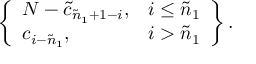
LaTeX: \left\{ \begin{array} { l l } { { N - \tilde { c } _ { \tilde { n } _ { 1 } + 1 - i } , } } & { { i \leq \tilde { n } _ { 1 } } } \\ { { c _ { i - \tilde { n } _ { 1 } } , } } & { { i > \tilde { n } _ { 1 } } } \end{array} \right\} .